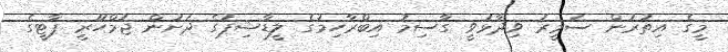
މީގެ އިތުރުން ސަމީރު ވިދާޅުވީ ގާސިމު އިބްރާހިމުގެ ލީޑާޝިޕުގެ ދަށުން ޖުމްހޫރީ ޕާޓީގެ